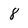
Character: 8